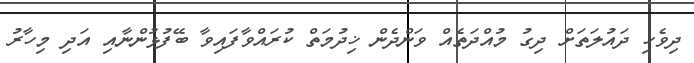
ދިވެހި ދައުލަތަށް ދިގު މުއްދަތެއް ވަންދެން ޚިދުމަތް ކުރައްވާފައިވާ ބޭފުޅުންނާއި އަދި މިހާރު